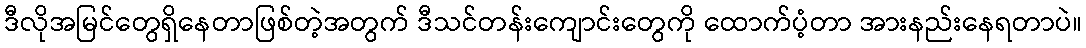
ဒီလိုအမြင်တွေရှိနေတာဖြစ်တဲ့အတွက် ဒီသင်တန်းကျောင်းတွေကို ထောက်ပံ့တာ အားနည်းနေရတာပဲ။